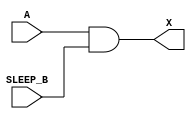
module sky130_fd_sc_lp__iso0n (
    X      ,
    A      ,
    SLEEP_B
);

    // Module ports
    output X      ;
    input  A      ;
    input  SLEEP_B;

    //  Name  Output  Other arguments
    and and0 (X     , A, SLEEP_B     );

endmodule